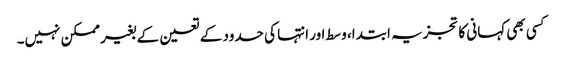
کسی بھی کہانی کا تجزیہ ابتدا، وسط اور انتہا کی حدود کے تعین کے بغیر ممکن نہیں۔